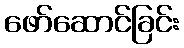
ဖော်ဆောင်ခြင်း